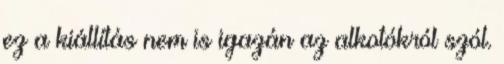
ez a kiállítás nem is igazán az alkotókról szól.